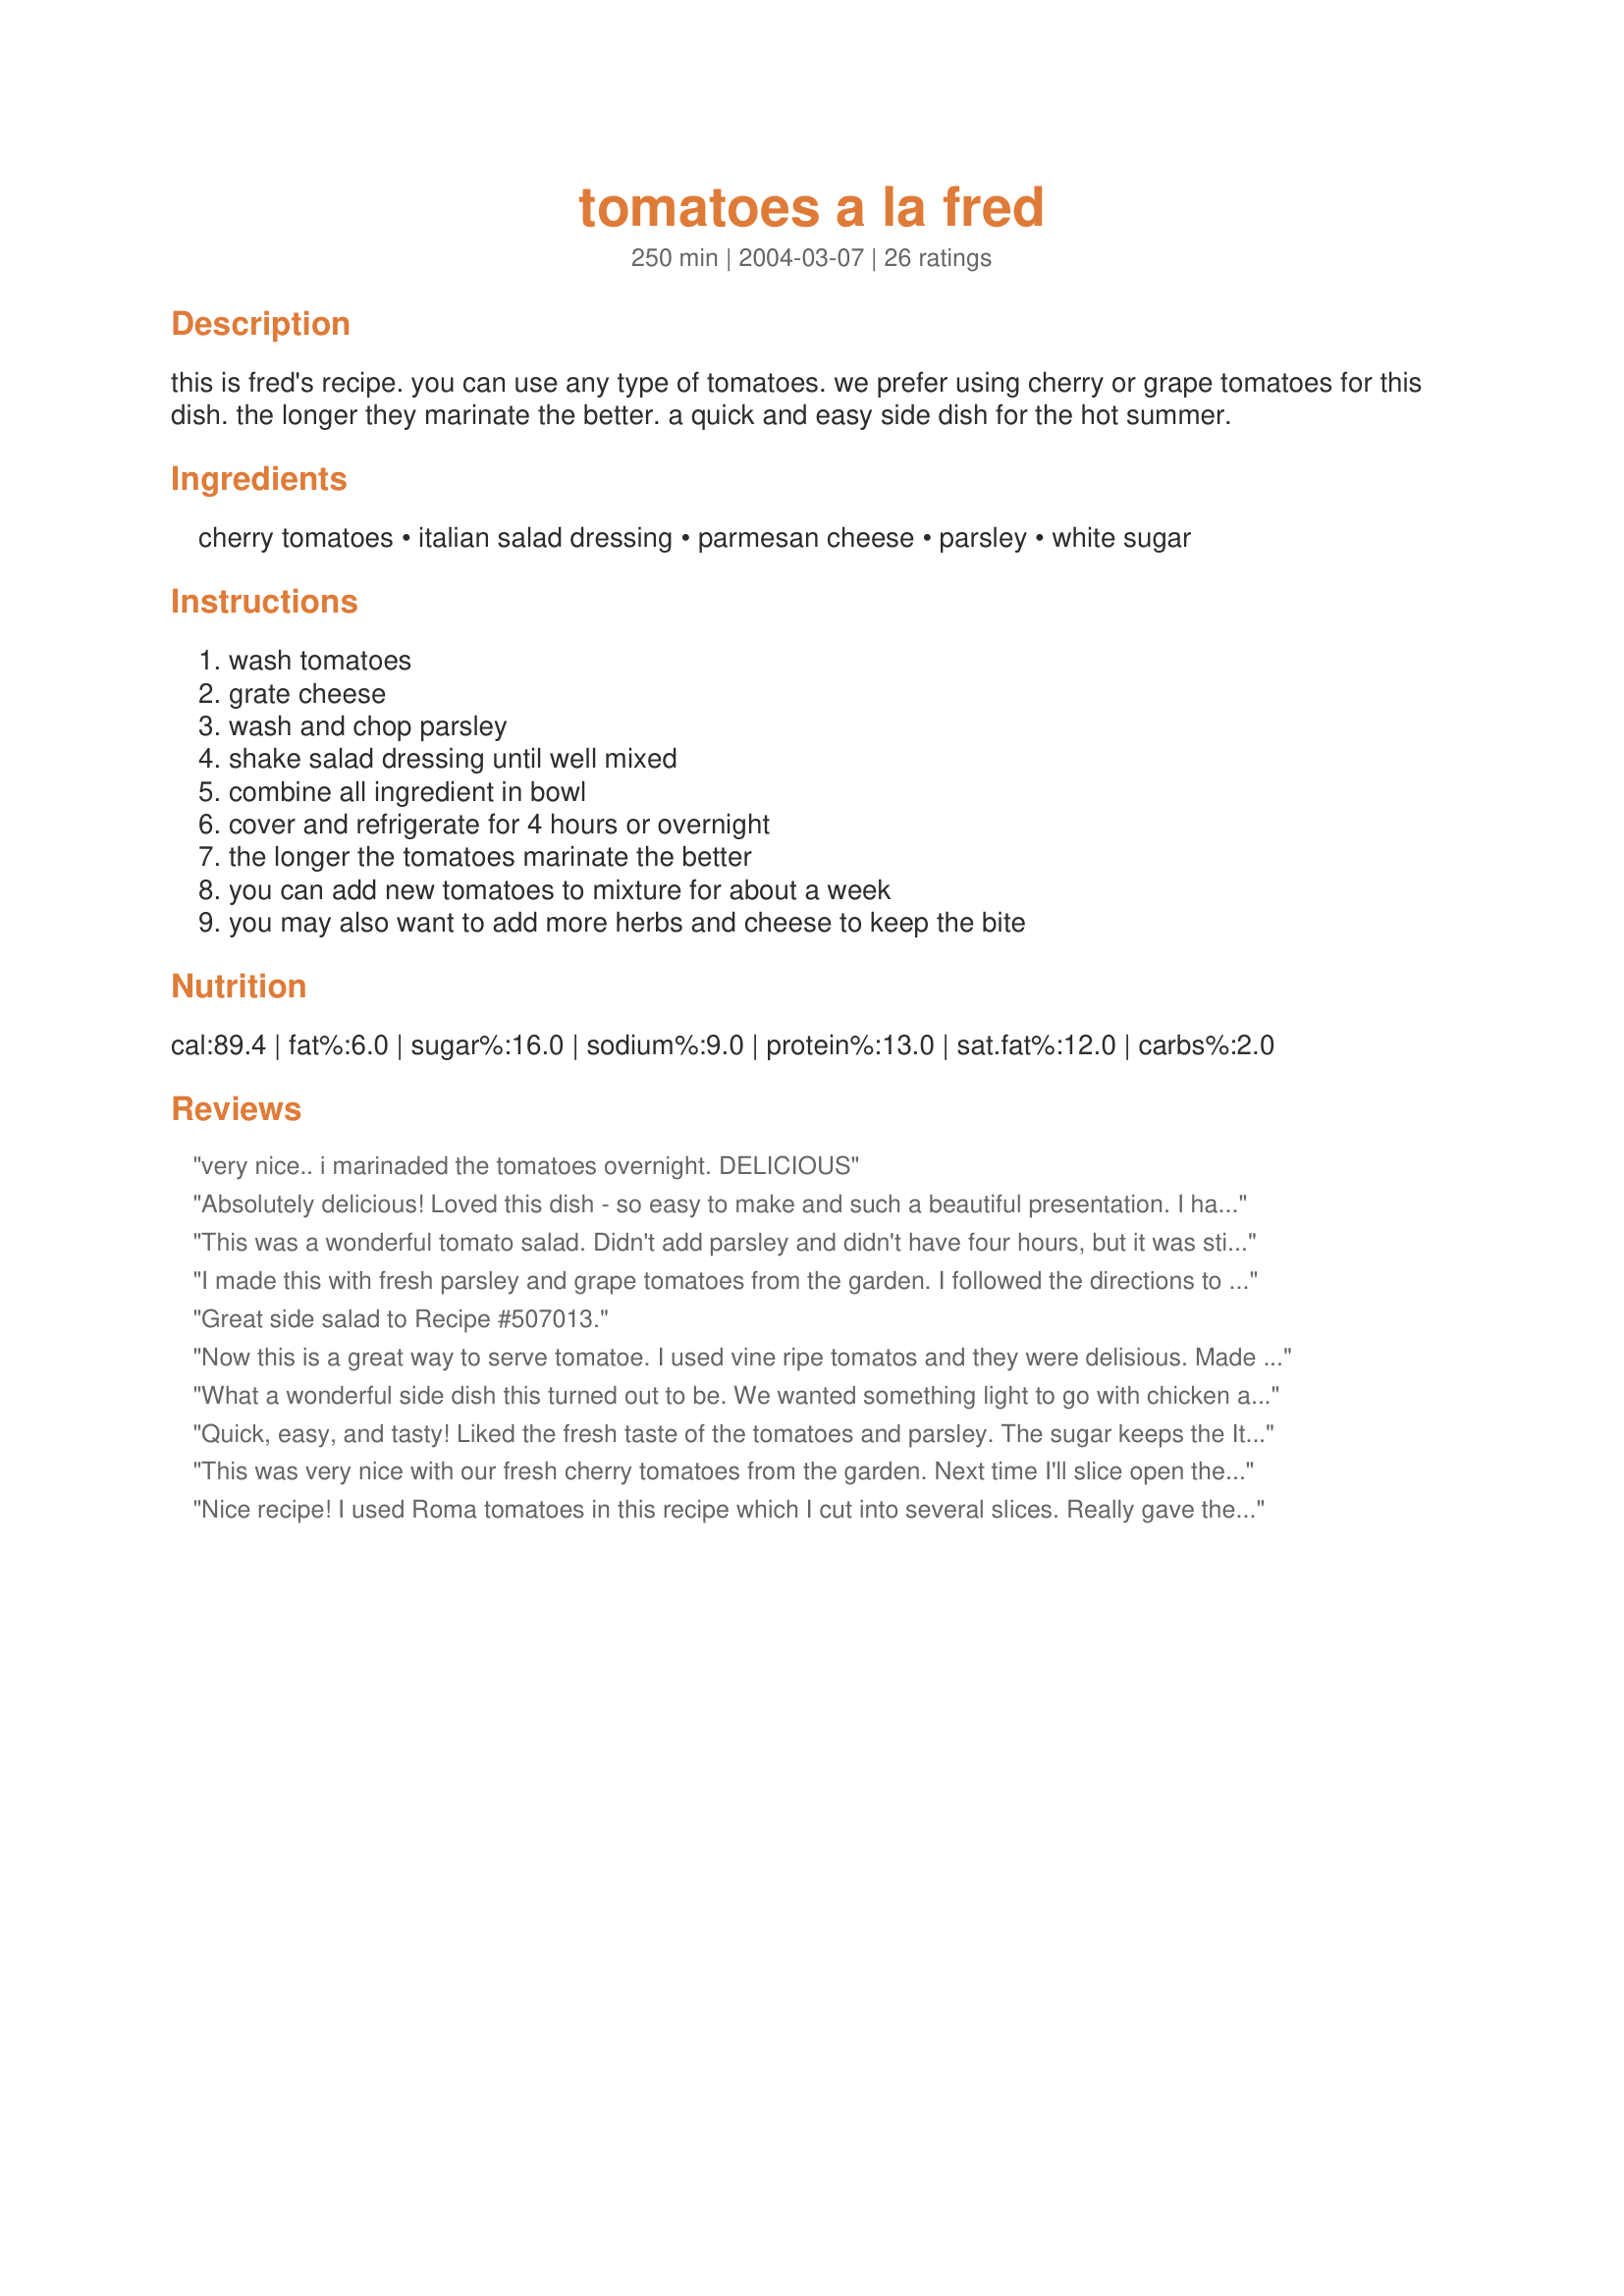
tomatoes a la fred
Preparation time: 250 minutes

this is fred's recipe. you can use any type of tomatoes. we prefer using cherry or grape tomatoes for this dish. the longer they marinate the better. a quick and easy side dish for the hot summer.

Ingredients:
cherry tomatoes, italian salad dressing, parmesan cheese, parsley, white sugar

Steps:
wash tomatoes, grate cheese, wash and chop parsley, shake salad dressing until well mixed, combine all ingredient in bowl, cover and refrigerate for 4 hours or overnight, the longer the tomatoes marinate the better, you can add new tomatoes to mixture for about a week, you may also want to add more herbs and cheese to keep the bite

Reviews:
very nice.. i marinaded the tomatoes overnight. DELICIOUS
Absolutely delicious! Loved this dish - so easy to make and such a beautiful presentation. I had some grape tomatoes on hand and this recipe was perfect for them. It wasn't necessary to add sugar as they were so wonderfully sweet on their own and the contrast of the Italian dressing really makes a nice balance. I did not have parsley, but used some basil from my garden. Will definitely make this dish again and will add it to my Best of 2012 cookbook. Made for Everyday is a Holiday tag, September, 2012.
This was a wonderful tomato salad. Didn't add parsley and didn't have four hours, but it was still delicious. I used good seasons italian dressing. I also omitted the sugar as I was using organic, farm grown cherry tomatoes. After the tomatoes were gone, we sopped up the parmesan/italian dressing with homemade italian bread. YUM!
I made this with fresh parsley and grape tomatoes from the garden. I followed the directions to a T. I did add the optional sugar. The next time I&#039;ll cut back on the parsley because the flavor was more predominate than we would like. A quick an easy summer time side.
Great side salad to Recipe #507013.
Now this is a great way to serve tomatoe. I used vine ripe tomatos and they were delisious. Made them for a family gathering and got lots of raves. Thanks you for this one. *HUGS* for the *Keeper* ~V
What a wonderful side dish this turned out to be. We wanted something light to go with chicken and this was perfect even though I though it might not work out. It has a nice tangy, herby flavor. It's also quite pretty on the plate. Thanks... I'll make this alot for summer.
Quick, easy, and tasty! Liked the fresh taste of the tomatoes and parsley. The sugar keeps the Italian dressing from over powering the tomatoes. Made as written and let marinate 24 hours. Thanks so much for the post.
This was very nice with our fresh cherry tomatoes from the garden. Next time I'll slice open the tomatoes before marinating them. I think the Italian dressing would penetrate the tomatoes better. I'll add onion next time too. Thanks BK
Nice recipe! I used Roma tomatoes in this recipe which I cut into several slices. Really gave the tomatoes a summer fresh taste. The remaining dressing would make a great marinade for chicken! Thanks Kato!
Easy and was a very good side to our meal. We did halve the cherry tomatoes. Flavors were spot on.
Yummy! Easy to make and really tasty side dish. I served this as a salad alongside a bowl of soup. Made a great dinner. I used grape tomatoes and they were very flavorful. I will try this again in the summer with garden tomatoes, I can hardly wait!
Fresh picked juicy cherry tomatoes and great dressing to round it all off. I added some fresh garlic and a small splash of balsamic vinegar... Outstanding! {Made and reviewed for NZ/AUS recipe swap #31 Aug. 2009}
VERY yummy.
I cut the recipe back using about a cup of huge grape tomatoes that I cut in half.
I did add the sugar and really like that tiny addition.
Keeper recipe
Made for Everyday is a Holiday Tag
These are some yummy tomatoes. I used grape tomatoes and let them marinate overnight. Every time I get into the fridge, I grab a couple more of the leftovers to snack on. I think the rest of them will go in a salad today. Thanks for sharing this nice recipe, BK. Made for For Your Consideration tag.
This was perfect, I needed a simple side dish and this was delicious and simple. I regret that I did not have fresh parmesan to grate on top, I used the pregrated from the store. I used grape tomatoes. Thanks for a great dish.
I made these for our Labor Day cookout and they were a huge hit. I have an abundance of tomatoes and pick this recipe to help use some of them up. I had a lot of requests for this recipe. It's a nice change of pace from the usual sliced tomatoes. I used grated Asiago cheese instead of the parmesan. The cheese and the parsley were a great addition to the tomatoes. Made for August, 2008 Bevy Swap.
Great tomato salad! I used Roma tomatoes, added in the sugar and used dried parsley. It was still great tasting! Made for Everyday is a Holiday Game 2014.
Fabulous easy summer recipe. I used a balsamic Italian dressing (which turned out great), fresh parsley from the garden and freshly grated Parmesan. Skipped the sugar as I thought the tomatoes would be sweet enough. And I tossed in a little fresh mozzarella that happened to be in the fridge. Marinated for about 24 hours and has great flavor. Oh, and while I cut down everything by about 1/4, I left the parsley amount the same.
YUMMM! I made this for a weekend brunch using cherry tomatoes and fresh parsley from my garden, soooooo good! thanks Baby K!...Kitten:)
Really enjoyed this. . .I think the sugar is the secret ingredient! I used homemade Good Seasons Italian Dressing made with white wine vinegar. Added a few slivers of onion, but i don't think it was necessary. I will certainly make these again. Had them as a side dish to mac n cheese which was perfect. Made for AUS/NZ Recipe Swap. THANKS for a keeper.
This recipe is so easy, and so delicious. I made the recipe as you suggested, but using Splenda for sugar, and adding fresh purple onion rings to the tomatoes, and marinating for 4 hours. I drained the salad and placed on a salad plate lined with red leaf lettuce. The flavor was very good. I believe that cheese cubes would be good too, if you don't marinate too long. Thanks, Baby Kato, for sharing this wonderful summer salad. Definately to be a repeat recipe.
Minimal ingredients & effort for a great result, my kind of recipe. A fantastic side to our BBQ dinner. Thanks BK!
This makes a nice side salad to go with any meal. I sliced the tomatoes in half. I could not see the dressing penetrating the tomato skin any other way. The cheese was added just before serving. Made for Recipe Swap #62 Australian/New Zealand Cooking game
Delicious tomatoes! So fresh and flavorful - I did add the sugar and I think it gave it that little something. Thanks for sharing the recipe!
Very easy and so delightful this is worth a million dollars!! Made this exactly, and totally loved this and so did everybody else! Wanted to add onion, but held off, and I am glad I did. Perfect just the way it was! Made for *Everyday is a Holiday* August 2009
